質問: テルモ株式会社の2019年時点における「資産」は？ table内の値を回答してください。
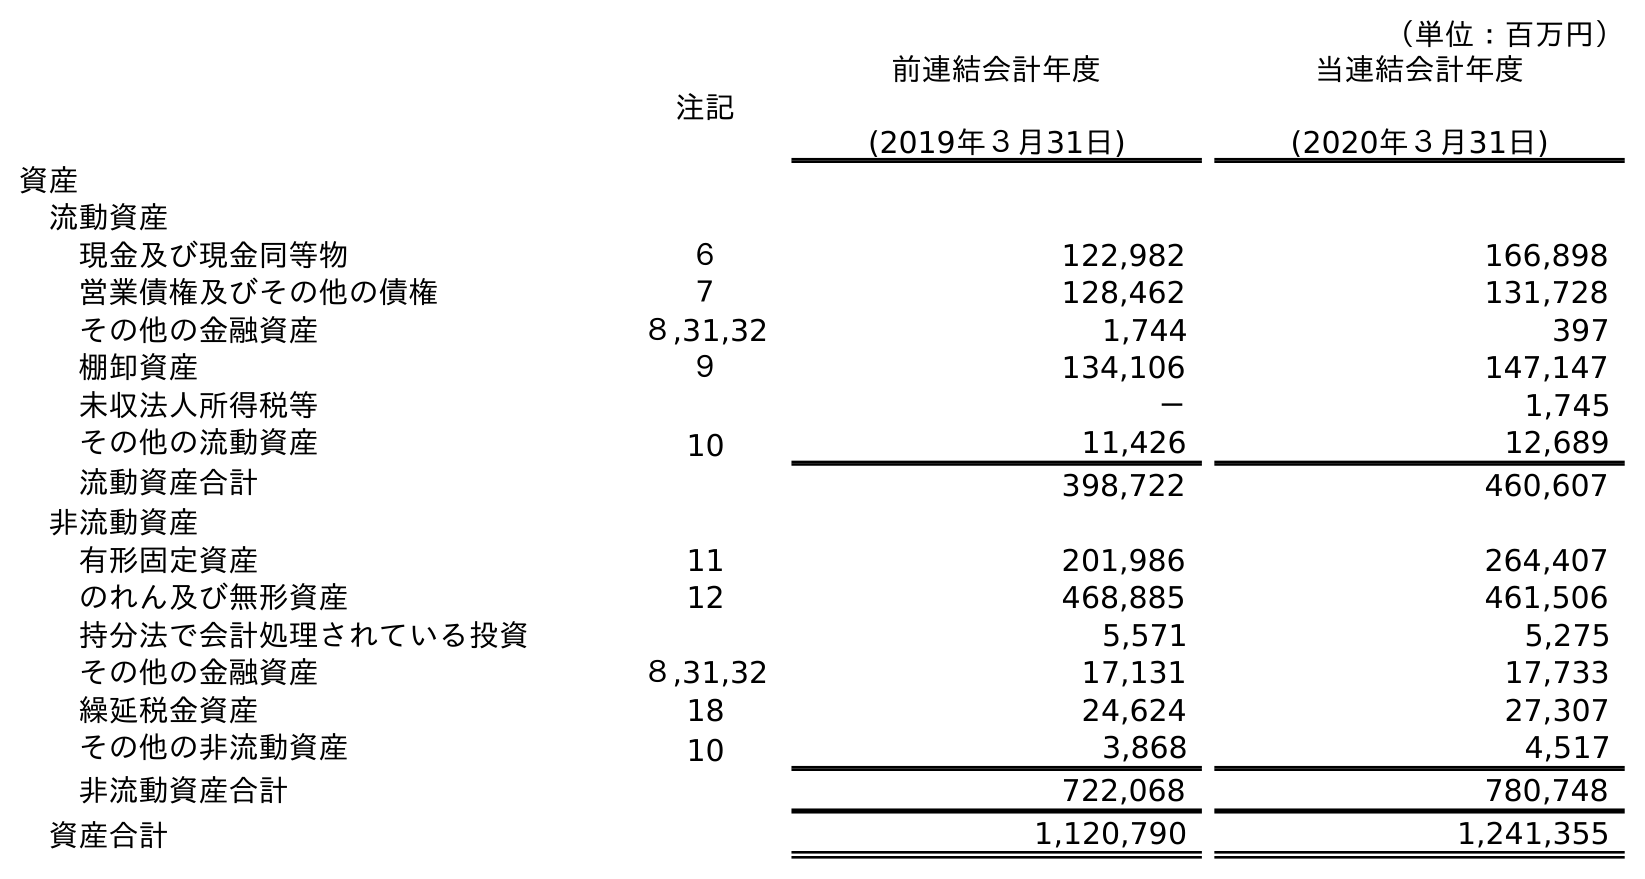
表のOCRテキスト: （単位：百万円） 注記 前連結会計年度 (2019年３月31日) 当連結会計年度 (2020年３月31日) 資産 流動資産 現金及び現金同等物 ６ 122,982 166,898 営業債権及びその他の債権 ７ 128,462 131,728 その他の金融資産 ８,31,32 1,744 397 棚卸資産 ９ 134,106 147,147 未収法人所得税等 － 1,745 その他の流動資産 10 11,426 12,689 流動資産合計 398,722 460,607 非流動資産 有形固定資産 11 201,986 264,407 のれん及び無形資産 12 468,885 461,506 持分法で会計処理されている投資 5,571 5,275 その他の金融資産 ８,31,32 17,131 17,733 繰延税金資産 18 24,624 27,307 その他の非流動資産 10 3,868 4,517 非流動資産合計 722,068 780,748 資産合計 1,120,790 1,241,355
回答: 1,120,790